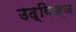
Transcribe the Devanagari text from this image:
उद्विज्ज